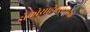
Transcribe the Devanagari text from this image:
डोकोसाहेक्सेनोइक